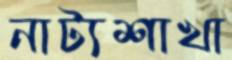
নাট্যশাখা